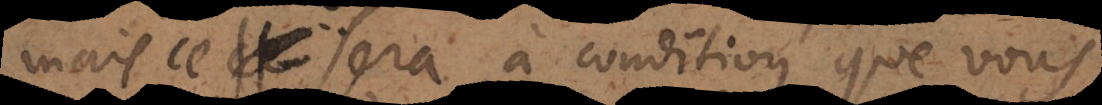
mais ce sera à condition, que